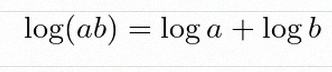
\log(ab)=\log a+\log b